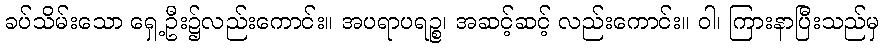
ခပ်သိမ်းသော ရှေ့ဦး၌လည်းကောင်း။ အပရာပရဉ္စ၊ အဆင့်ဆင့် လည်းကောင်း။ ဝါ၊ ကြားနာပြီးသည်မှ